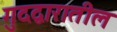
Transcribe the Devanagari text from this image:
गुदद्वारातील